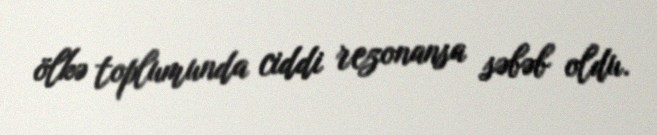
ölkə toplumunda ciddi rezonansa səbəb oldu.